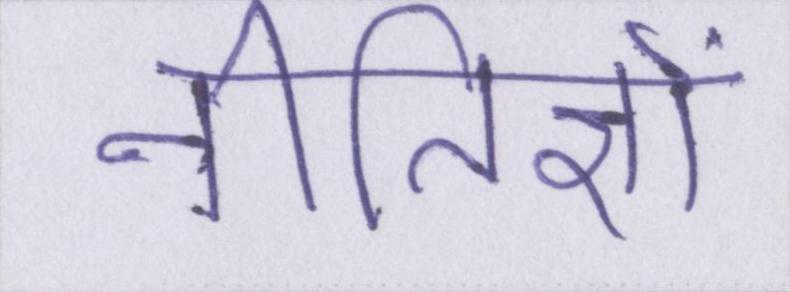
नीतिज्ञों